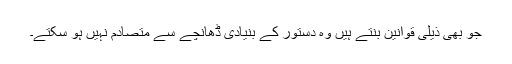
جو بھی ذیلی قوانین بنتے ہیں وہ دستور کے بنیادی ڈھانچے سے متصادم نہیں ہو سکتے۔